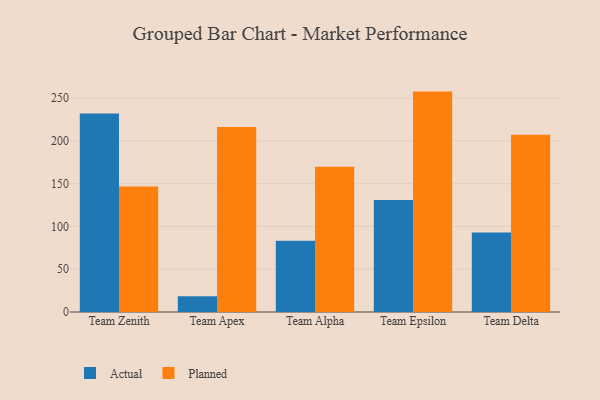
{"axis": {"x": "Team", "y": "Population (Million)"}, "legend": ["Actual", "Planned"], "data": [{"x": "Team Zenith", "y": 232.0, "type": "Actual"}, {"x": "Team Zenith", "y": 146.6, "type": "Planned"}, {"x": "Team Apex", "y": 18.3, "type": "Actual"}, {"x": "Team Apex", "y": 216.2, "type": "Planned"}, {"x": "Team Alpha", "y": 83.3, "type": "Actual"}, {"x": "Team Alpha", "y": 169.8, "type": "Planned"}, {"x": "Team Epsilon", "y": 130.8, "type": "Actual"}, {"x": "Team Epsilon", "y": 257.6, "type": "Planned"}, {"x": "Team Delta", "y": 92.8, "type": "Actual"}, {"x": "Team Delta", "y": 207.3, "type": "Planned"}]}